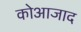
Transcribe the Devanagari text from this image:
कोआजाद